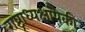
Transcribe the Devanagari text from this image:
राष्ट्राध्यक्षांपैकी